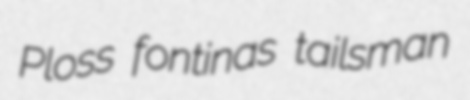
Ploss fontinas tailsman